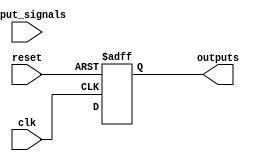
module state_machine_with_priority_encoding (
    input wire clk,
    input wire reset,
    input wire [N-1:0] input_signals,
    output wire [M-1:0] outputs
);

parameter N = 4; // number of input signals
parameter M = 3; // number of output signals
parameter S = 4; // number of states

reg [S-1:0] current_state, next_state;
reg [M-1:0] output_reg;

always @(posedge clk or posedge reset) begin
    if (reset) begin
        current_state <= 0;
        output_reg <= 0;
    end
    else begin
        current_state <= next_state;
        output_reg <= output_logic(current_state);
    end
end

always @(*) begin
    next_state = next_state_logic(current_state, input_signals);
end

assign outputs = output_reg;

function [M-1:0] output_logic;
    input [S-1:0] state;
    begin
        case (state)
            // Define output logic based on current state
        endcase
    end
endfunction

function next_state_logic;
    input [S-1:0] current_state;
    input [N-1:0] inputs;
    begin
        // Define next state logic based on current state and input signals
    end
endfunction

endmodule